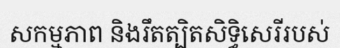
សកម្មភាព និងរឹតត្បិតសិទ្ធិសេរីរបស់